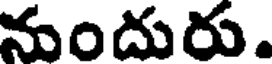
నుందురు.